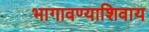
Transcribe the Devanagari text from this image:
भागावण्याशिवाय